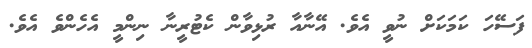
ފަސޭހަ ކަމަކަށް ނުވީ އެވެ. އޭނާއާ ރުޅިވާން ކެޓުރީނާ ނިންމީ އެހެންވެ އެވެ.